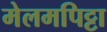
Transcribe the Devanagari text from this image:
मेलमपिट्टा